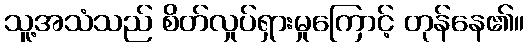
သူ့အသံသည် စိတ်လှုပ်ရှားမှုကြောင့် တုန်နေ၏။